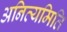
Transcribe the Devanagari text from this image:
अनित्यमिति